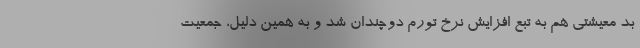
بد معیشتی هم به تبع افزایش نرخ تورم دوچندان شد و به همین دلیل، جمعیت